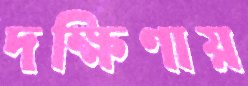
দক্ষিণায়